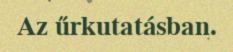
Az űrkutatásban.